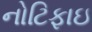
નોટિફાઇ